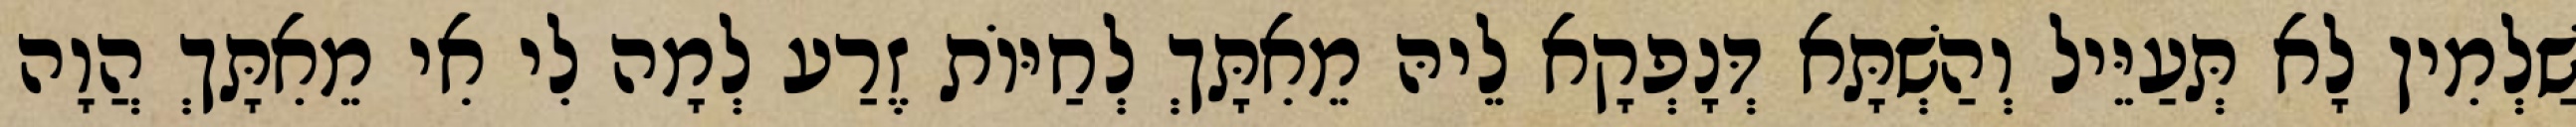
שַׁלְמִין לָא תְּעַיֵּיל וְהַשְׁתָּא דְּנָפְקָא לֵיהּ מֵאִתָּךְ לְחַיּוֹת זֶרַע לְמָה לִי אִי מֵאִתָּךְ הֲוָה